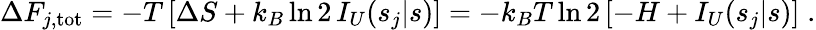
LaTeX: \Delta F_{j,\mathrm{tot}}=-T\, [\Delta S+k_{B}\ln 2\, I_{U}(s_{j}|s)]=-k_{B}T\ln 2\, [-H+I_{U}(s_{j}|s)]\; .